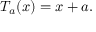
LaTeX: T _ { a } ( x ) = x + a .